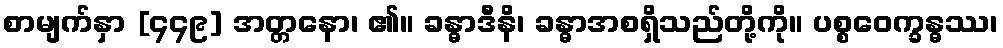
စာမျက်နှာ [၄၄၉] အတ္တနော၊ ၏။ ခန္ဓာဒီနိ၊ ခန္ဓာအစရှိသည်တို့ကို။ ပစ္စဝေက္ခန္ဓဿ၊